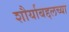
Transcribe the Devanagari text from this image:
शौर्याबद्दलच्या